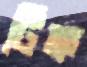
টিক্ক